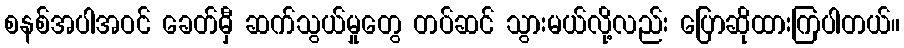
စနစ်အပါအဝင် ခေတ်မှီ ဆက်သွယ်မှုတွေ တပ်ဆင် သွားမယ်လို့လည်း ပြောဆိုထားကြပါတယ်။